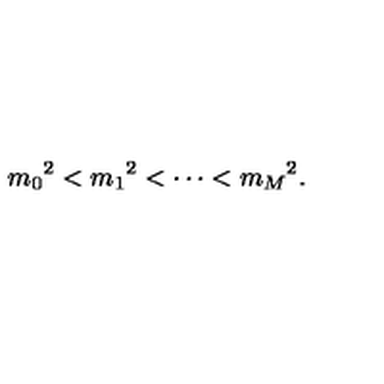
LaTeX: { m _ { 0 } } ^ { 2 } < { m _ { 1 } } ^ { 2 } < \cdots < { m _ { M } } ^ { 2 } .